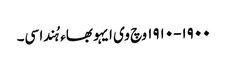
١٩٠٠-١٩١٠ وچ وی ایہو بھاء ہُندا سی۔